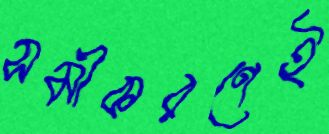
সমীকরণেই